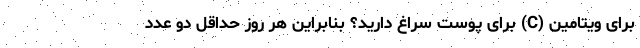
برای ویتامین (C) برای پوست سراغ دارید؟ بنابراین هر روز حداقل دو عدد